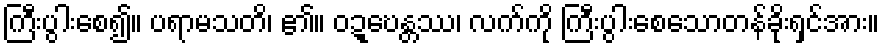
ကြီးပွါးစေ၍။ ပရာမသတိ၊ ၏။ ဝဍ္ဎေန္တဿ၊ လက်ကို ကြီးပွါးစေသောတန်ခိုးရှင်အား။